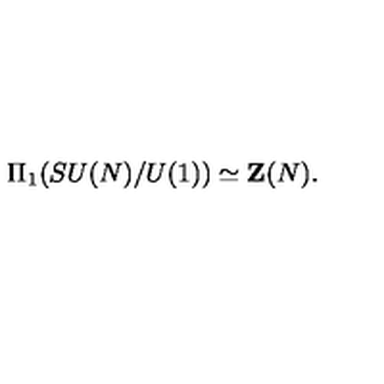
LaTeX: \Pi _ { 1 } ( S U ( N ) / U ( 1 ) ) \simeq { \bf Z } ( N ) .